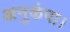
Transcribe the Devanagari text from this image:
अनुकंपा।